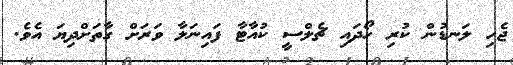
ޖެހި ލަނޑުން ކުރި ހޯދައި ޗެލްސީ ކުއާޓާ ފައިނަލާ ވަރަށް ގާތަށްދިޔަ އެވެ.